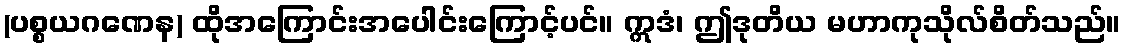
(ပစ္စယဂဏေန) ထိုအကြောင်းအပေါင်းကြောင့်ပင်။ ဣဒံ၊ ဤဒုတိယ မဟာကုသိုလ်စိတ်သည်။